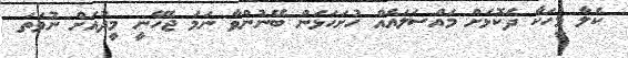
ކެލާ މީހަކާ ދެކޮޅަށް މައްސަލައެއް ހުށަހަޅަން ބޭނުންވާ ނަމަ ޖެހޭނީ މީދުއަށް ނުވަތަ